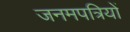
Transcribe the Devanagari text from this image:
जनमपत्रियों